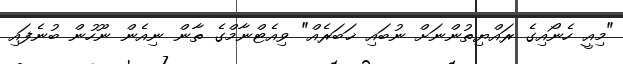
"މިއީ ހެނޯއިގެ ރައްޔިތުންނަށް ނުބައި ޚަބަރެއް" ވިއެޓްނާމްގެ ތާން ނިއެން ނޫހުން ބުނެފައި